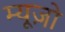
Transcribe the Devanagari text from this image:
म्यूज़ो